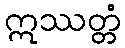
ဣဿတ္တံ